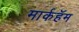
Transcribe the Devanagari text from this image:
मार्कहॅम